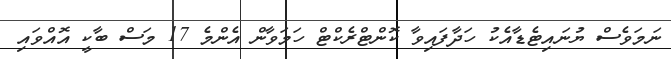
ނަމަވެސް ޔުނައިޓެޑާއެކު ހަދާފައިވާ ކޮންޓްރެކްޓް ހަމަވާން އެންމެ 17 މަސް ބާކީ އޮއްވައި